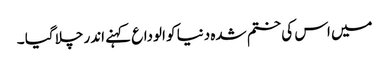
میں اس کی ختم شدہ دنیا کو الوداع کہنے اندر چلا گیا ۔